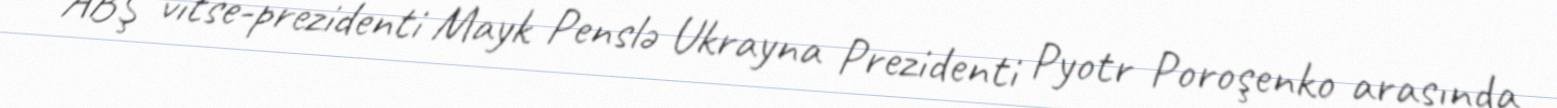
ABŞ vitse-prezidenti Mayk Penslə Ukrayna Prezidenti Pyotr Poroşenko arasında